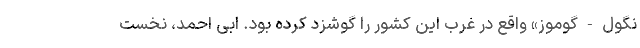
نگول-گوموز» واقع در غرب این کشور را گوشزد کرده بود. اَبی احمد، نخست